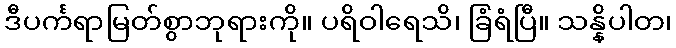
ဒီပင်္ကရာမြတ်စွာဘုရားကို။ ပရိဝါရေသိ၊ ခြံရံပြီ။ သန္နိပါတ၊